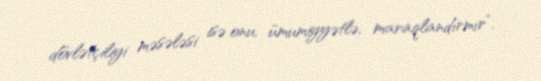
dövlətçiliyi məsələsi isə onu, ümumiyyətlə, maraqlandırmır”.